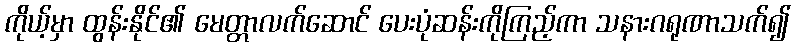
ကိုယ့်မှာ ထွန်းနိုင်၏ မေတ္တာလက်ဆောင် ပေးပုံဆန်းကိုကြည့်ကာ သနားဂရုဏာသက်၍